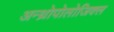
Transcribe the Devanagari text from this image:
अन्थ्रोपोलोजिक्ल